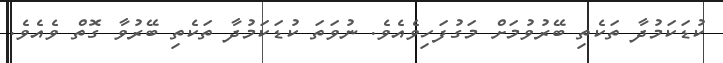
ކުޑަކަމުދާ ތަކެތި ބޭރުވުމަށް މަގުފަހިވެއެވެ. ނުވަތަ ކުޑަކަމުދާ ތަކެތި ބޭރުވާ ގޮތް ވެއެވެ.